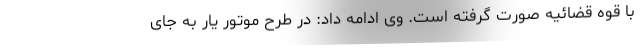
با قوه قضائیه صورت گرفته است. وی ادامه داد: در طرح موتور یار به جای